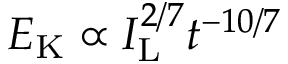
{ \cal E } _ { \mathrm { K } } \propto I _ { \mathrm { L } } ^ { 2 / 7 } t ^ { - 1 0 / 7 }